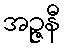
အဉ္ဇနီ